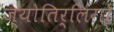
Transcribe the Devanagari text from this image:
ज्‍योतिर्लिंगों